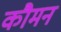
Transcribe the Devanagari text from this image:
कौमन